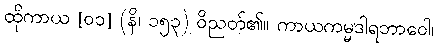
ထိုကာယ [၀၁] (နိ၊ ၁၅၃) ဝိညတ်၏။ ကာယကမ္မဒါရဘာဝေါ၊